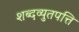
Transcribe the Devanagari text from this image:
शब्दव्युतपत्ति